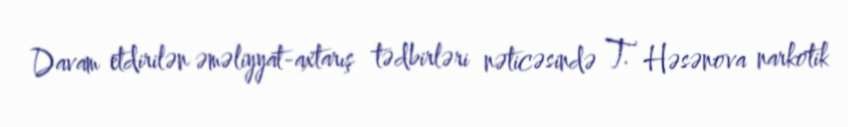
Davam etdirilən əməliyyat-axtarış tədbirləri nəticəsində T. Həsənova narkotik